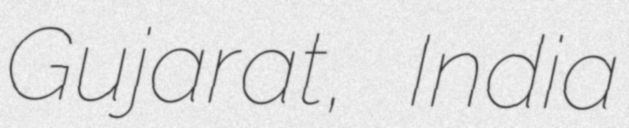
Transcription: Gujarat, India